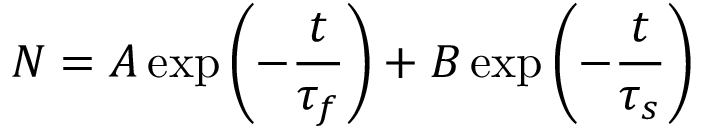
N = A \exp \left( - { \frac { t } { { \tau } _ { f } } } \right) + B \exp \left( - { \frac { t } { { \tau } _ { s } } } \right)